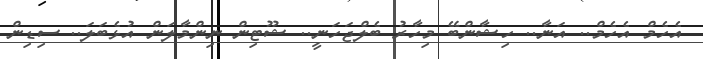
އެހެމް އެހެމް.. އަނާ.. ހިޝާންބޭ މިހާރު ބެލްޖަހަނީ.. ޝޫޓިން ނިންމާލަން އުޅެބަލަ.. ސިޑިން